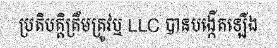
ប្រតិបត្តិត្រឹមត្រូវឬ LLC បានបង្កើតឡើង